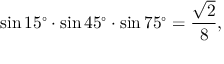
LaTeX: \sin 1 5 ^ { \circ } \cdot \sin 4 5 ^ { \circ } \cdot \sin 7 5 ^ { \circ } = { \frac { \sqrt { 2 } } { 8 } } ,